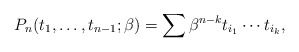
\begin{gather*}P_n(t_1,\ldots,t_{n-1}; \beta)= \sum \beta^{n-k} t_{i_{1}} \cdots t_{i_{k}},\end{gather*}